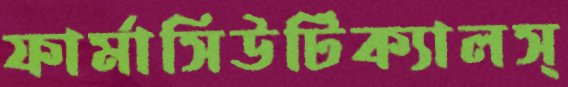
ফার্মাসিউটিক্যালস্